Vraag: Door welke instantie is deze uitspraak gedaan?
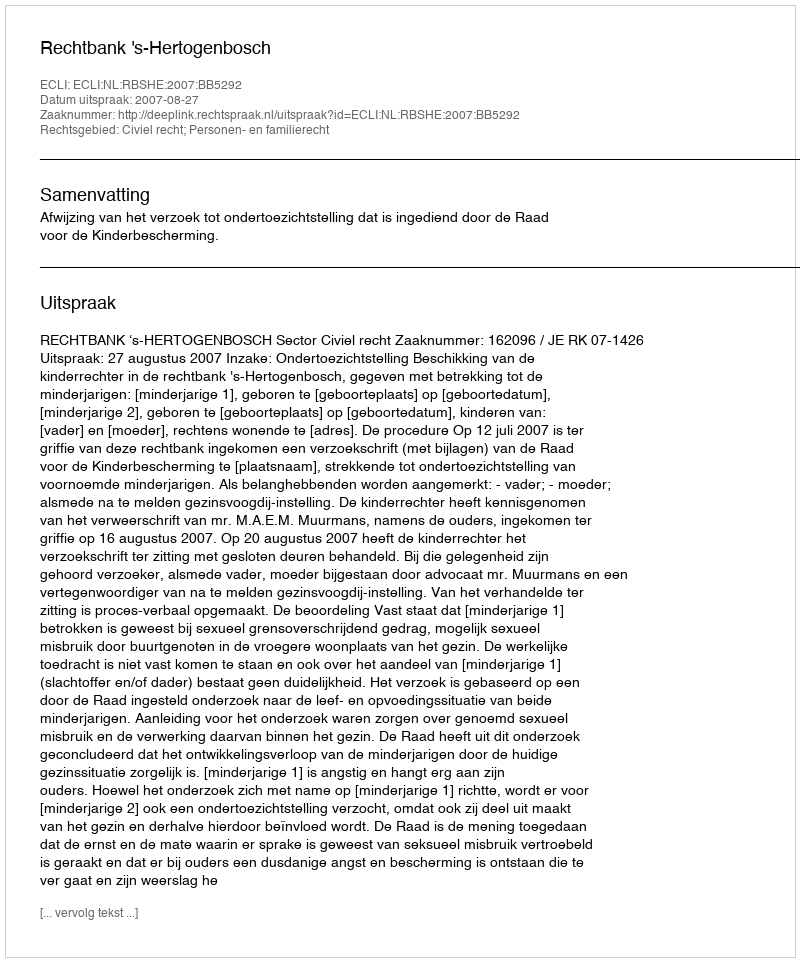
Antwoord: Rechtbank 's-Hertogenbosch